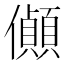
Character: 𪝽